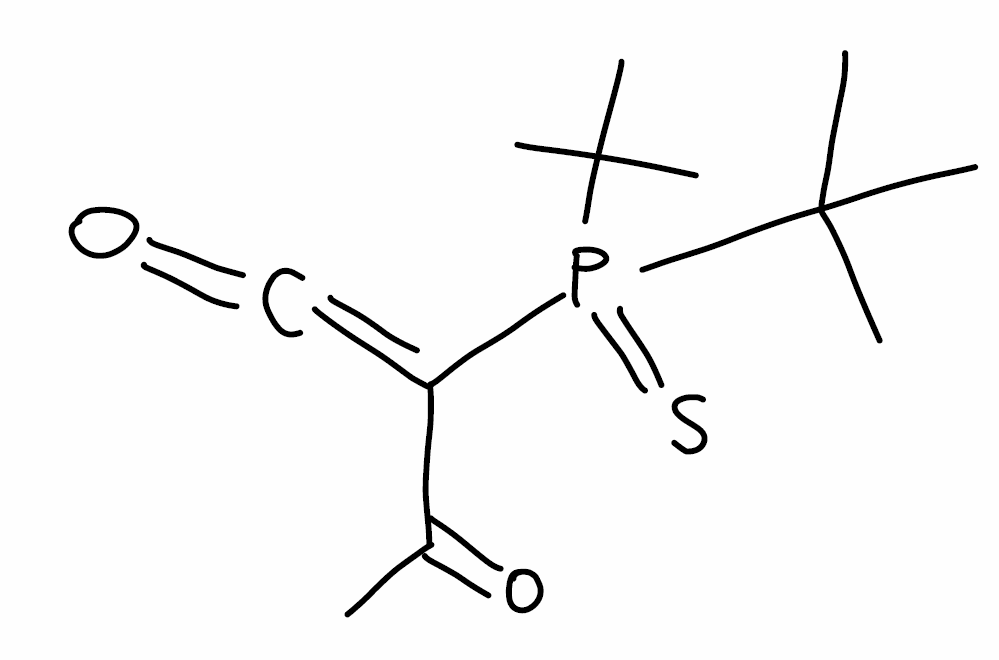
Simplified molecular-input line-entry system (SMILES) notation of the given molecule:
CC(=O)C(=C=O)P(=S)(C(C)(C)C)C(C)(C)C